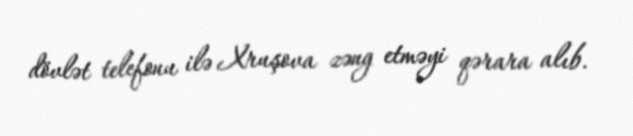
dövlət telefonu ilə Xruşova zəng etməyi qərara alıb.